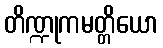
တိဏ္ဍုကမတ္တိယော